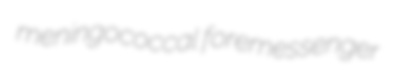
meningococcal foremessenger